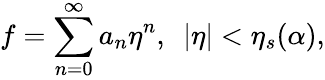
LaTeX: f=\sum_{n=0}^{\infty}a_{n}\eta^{n},~~|\eta|<\eta_{s}(\alpha),